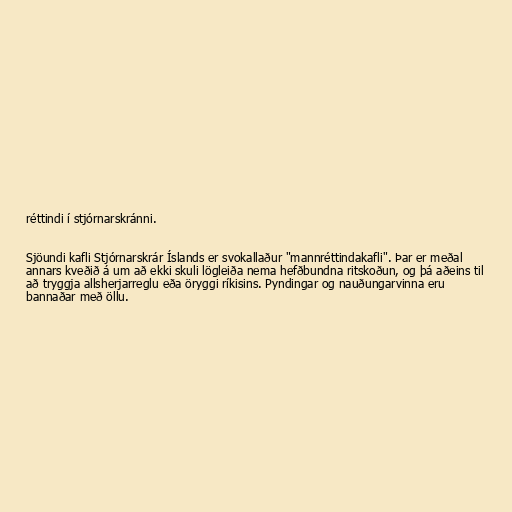
réttindi í stjórnarskránni.

Sjöundi kafli Stjórnarskrár Íslands er svokallaður "mannréttindakafli". Þar er meðal
annars kveðið á um að ekki skuli lögleiða nema hefðbundna ritskoðun, og þá aðeins til
að tryggja allsherjarreglu eða öryggi ríkisins. Pyndingar og nauðungarvinna eru
bannaðar með öllu.